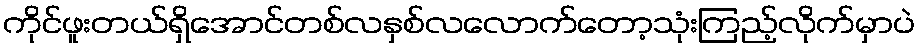
ကိုင်ဖူးတယ်ရှိအောင်တစ်လနှစ်လလောက်တော့သုံးကြည့်လိုက်မှာပဲ